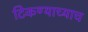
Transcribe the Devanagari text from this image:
टिकण्याच्याच